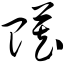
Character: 赃